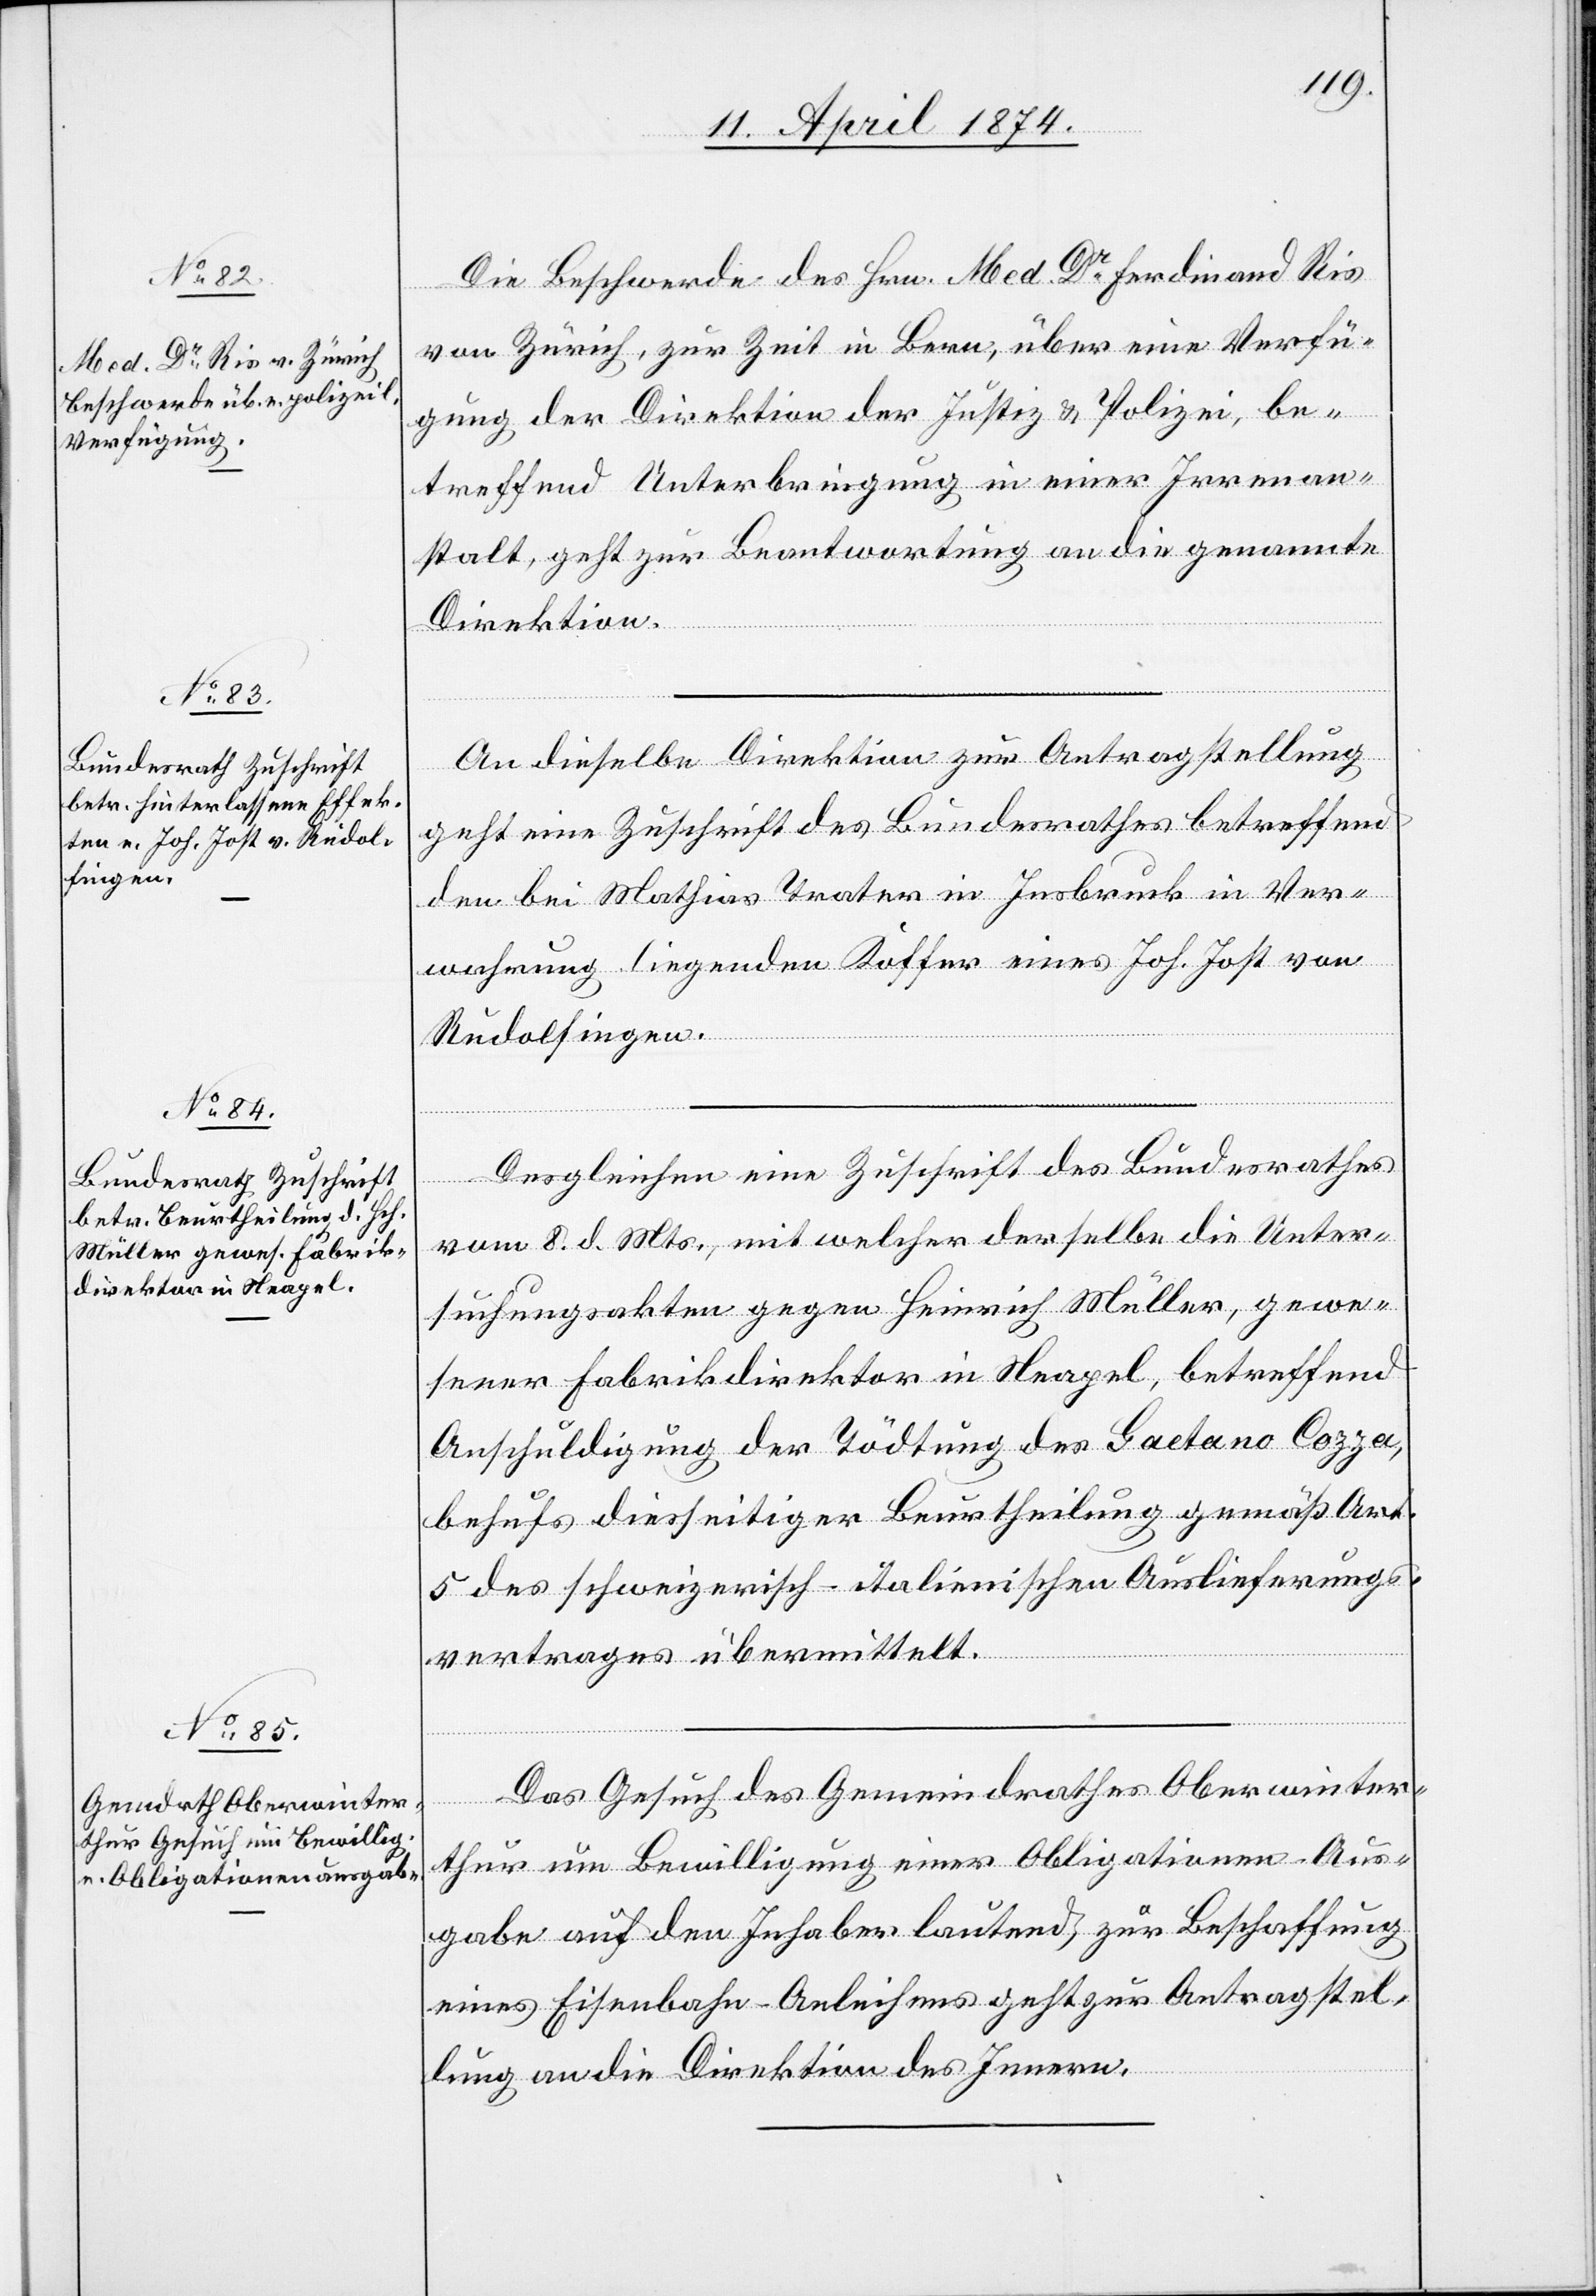
13. April 1874.]
Die Beschwerde des Hrn. Med. Dr Ferdinand Ris
von Zürich, zur Zeit in Bern, über eine Verfü¬
gung der Direktion der Justiz u. Polizei, be¬
treffend Unterbringung in einer Irrenan¬
stalt, geht zur Beantwortung an die genannte
Direktion.
An dieselbe Direktion zur Antragstellung
geht eine Zuschrift des Bundesrathes betreffend
den bei Mathias Trater in Insbruck in Ver¬
wahrung liegenden Koffer eines Joh. Jost von
Rudolfingen.
Desgleichen eine Zuschrift des Bundesrathes
vom 8. d. Mts., mit welcher derselbe die Unter¬
suchungsakten gegen Heinrich Müller, gewe¬
sener Fabrikdirektor in Neapel, betreffend
Anschuldigung der Tödtung des Gaetano Cozza,
behufs diesseitiger Beurtheilung gemäß Art.
5 des schweizerisch-italienischen Auslieferungs¬
vertrages übermittelt.
Das Gesuch des Gemeindrathes Oberwinter¬
thur um Bewilligung einer Obligationen-Aus¬
gabe auf den Inhaber lautend, zur Beschaffung
eines Eisenbahn-Anleihens geht zur Antragstel¬
lung an die Direktion des Innern.